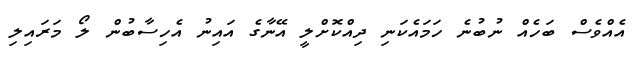
އެއްވެސް ބަހެއް ނުބުނެ ހަމައެކަނި ދިއްކޮށްލީ އޭނާގެ އައިނު އެހިސާބުން ލޯ މަރައިލި